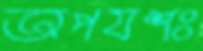
অপযশঃ